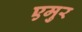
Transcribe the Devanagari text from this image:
एमुर